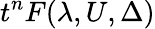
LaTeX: t^{n}F(\lambda,U,\Delta)